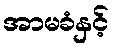
အာမခံနှင့်